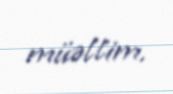
müəllim.